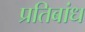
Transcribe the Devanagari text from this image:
प्रतिबांध